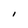
Character: I